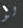
لو